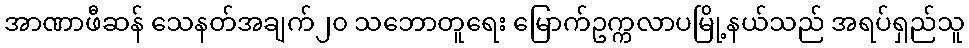
အာဏာဖီဆန် သေနတ်အချက်၂၀ သဘောတူရေး မြောက်ဥက္ကလာပမြို့နယ်သည် အရပ်ရှည်သူ